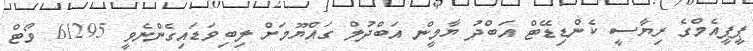
ޕީޕީއެމްގެ ރިޔާސީ ކެންޑިޑޭޓް އަބްދު ޔާމީން އަބްދުލް ގައްޔޫމަށް ލިބިވަޑައިގެންނެވީ 61295 ވޯޓް